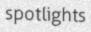
spotlights